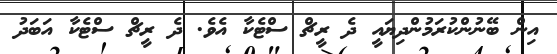
އިން ބޭނުންކުރަމުންދިޔައީ ދެ ރީޗް ސްޓެކާ އެވެ. ދެ ރީޗް ސްޓެކާ އަބަދު